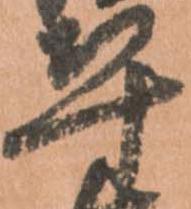
平